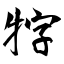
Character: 牸